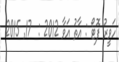
ހަވީރު ފޮޓޯ : އާތު އަވާ 2012 :  17